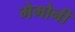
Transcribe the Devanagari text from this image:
मेमोनी